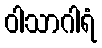
ဝါသာဂါရံ